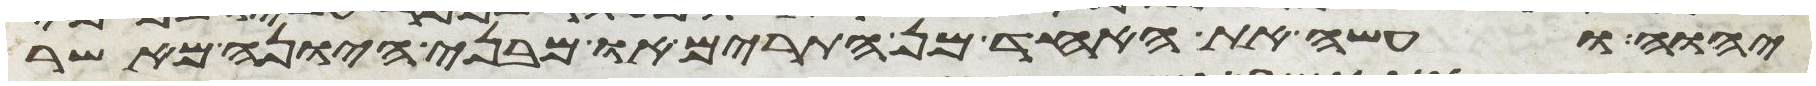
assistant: יהוה ועשה את האחד מן התרים או מבני היונה מאשר